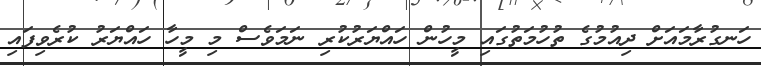
ހަނގުރާމައަށް ދިއުމުގެ ތުހުމަތުގައި މީހުން ހައްޔަރުކުރި ނަމަވެސް މި މީހާ ހައްޔަރު ކުރެވިފައި